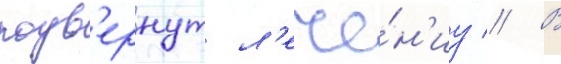
подв'ернут л'ече́н'иу // В